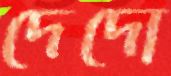
দেদো